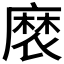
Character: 𮮉